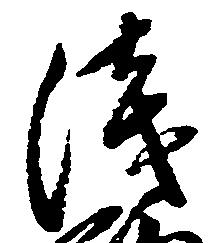
浅